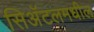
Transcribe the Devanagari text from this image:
सिअॅटलमधील